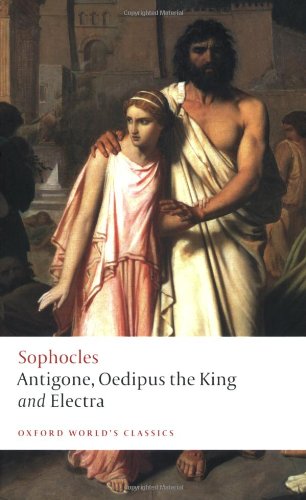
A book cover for Antigone, Oedipus the King, Electra (Oxford World's Classics); Sophocles; Literature & Fiction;